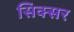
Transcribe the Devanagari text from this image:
सिक्सर